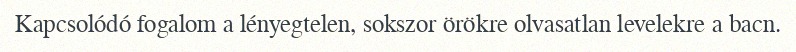
Kapcsolódó fogalom a lényegtelen, sokszor örökre olvasatlan levelekre a bacn.